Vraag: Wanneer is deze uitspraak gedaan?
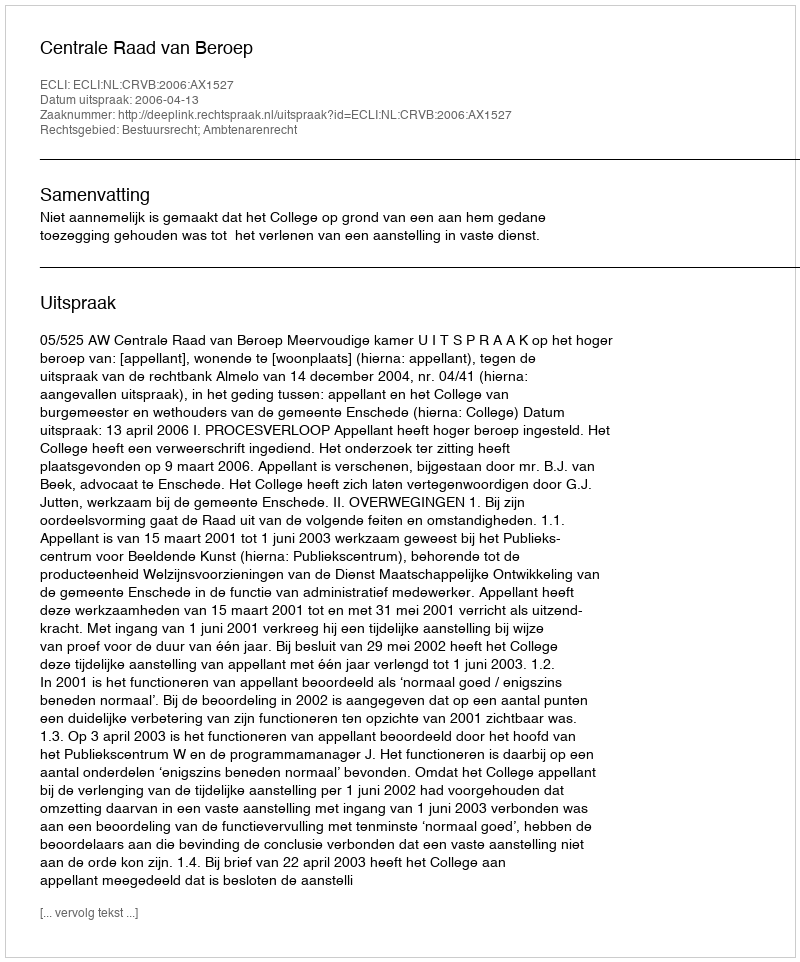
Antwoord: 2006-04-13